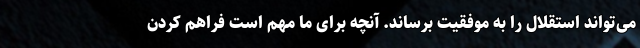
می‌تواند استقلال را به موفقیت برساند. آنچه برای ما مهم است فراهم کردن